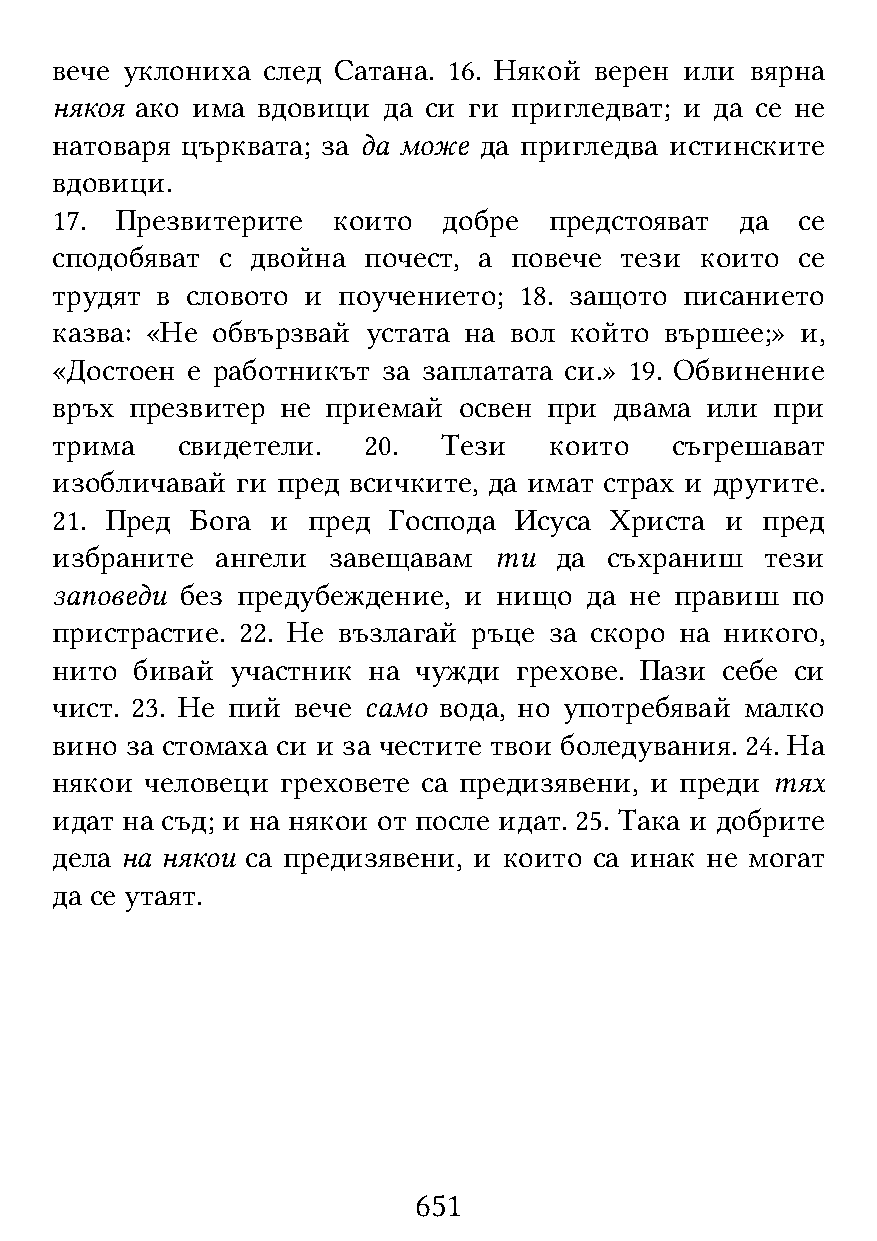
вече уклониха след Сатана. 16. Някой верен или вярна
 някоя ако има вдовици да си ги пригледват; и да се не
 натоваря църквата; за да може да пригледва истинските
 вдовици.
 17.  Презвитерите  които  добре  предстояват  да  се
 сподобяват  с двойна почест, а повече тези които  се
 трудят в словото и поучението; 18. защото писанието
 казва: «Не обвързвай устата на вол който вършее;» и,
 «Достоен е работникът за заплатата си.» 19. Обвинение
 връх  презвитер не приемай освен при  двама или при
 трима    свидетели.  20.  Тези   които   съгрешават
 изобличавай  ги пред всичките, да имат страх и другите.
 21. Пред  Бога и пред  Господа Исуса Христа  и пред
 избраните  ангели  завещавам  ти  да съхраниш   тези
 заповеди без предубеждение, и нищо  да не правиш по
 пристрастие. 22. Не възлагай ръце за скоро на никого,
 нито  бивай участник на чужди  грехове. Пази себе си
 чист. 23. Не пий вече само вода, но употребявай малко
 вино за стомаха си и за честите твои боледувания. 24. На
 някои  человеци греховете са предизявени, и преди тях
 идат на съд; и на някои от после идат. 25. Така и добрите
 дела на някои са предизявени, и които са инак не могат
 да се утаят.
 651